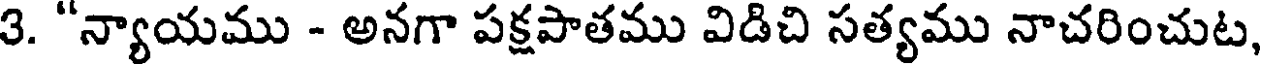
3. "న్యాయము - అనగా పక్షపాతము విడిచి సత్యము నాచరించుట,